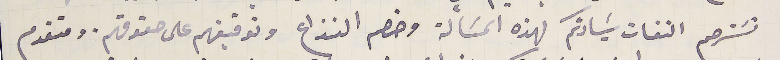
نسَترحم التفات سَيادتكم لهذه المسَالة وخصم النزاع وتوقيفهم على حقوقهم. ومتقدم